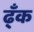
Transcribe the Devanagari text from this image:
ढ्ँक